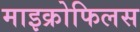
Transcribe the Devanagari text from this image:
माइक्रोफिलस